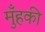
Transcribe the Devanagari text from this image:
मुँहकी